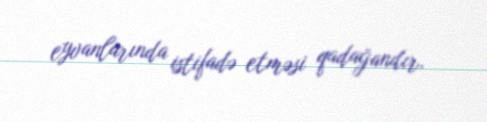
eyvanlarında istifadə etməsi qadağandır.